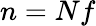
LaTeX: n=Nf